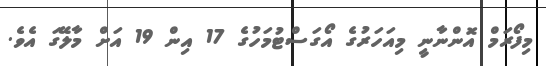
މިފޯރަމް އޮންނާނީ މިއަހަރުގެ އޯގަސްޓުމަހުގެ 17 އިން 19 އަށް މާލޭގަ އެވެ.